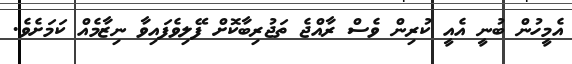
އެމީހުން ބުނީ އެއީ ކުރިން ވެސް ރާއްޖެ ތަޖުރިބާކޮށް ފޭލިވެފައިވާ ނިޒާމެއް ކަމަށެވެ.